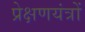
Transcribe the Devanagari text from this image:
प्रेक्षणयंत्रों